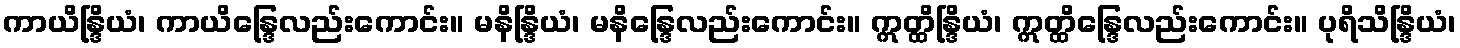
ကာယိန္ဒြိယံ၊ ကာယိန္ဒြေလည်းကောင်း။ မနိန္ဒြိယံ၊ မနိန္ဒြေလည်းကောင်း။ ဣတ္ထိန္ဒြိယံ၊ ဣတ္ထိန္ဒြေလည်းကောင်း။ ပုရိသိန္ဒြိယံ၊